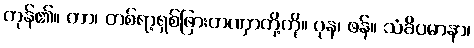
ကုန်၏။ တာ၊ တစ်ရာ့ရှစ်ဖြားတဏှာတို့ကို။ ပုန၊ ဖန်။ သံခိပမာနာ၊